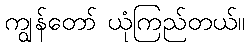
ကျွန်တော် ယုံကြည်တယ်။